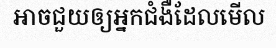
អាចជួយឲ្យអ្នកជំងឺដែលមើល